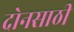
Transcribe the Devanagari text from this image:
दोनसाठी